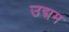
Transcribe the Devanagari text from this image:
उद्मम